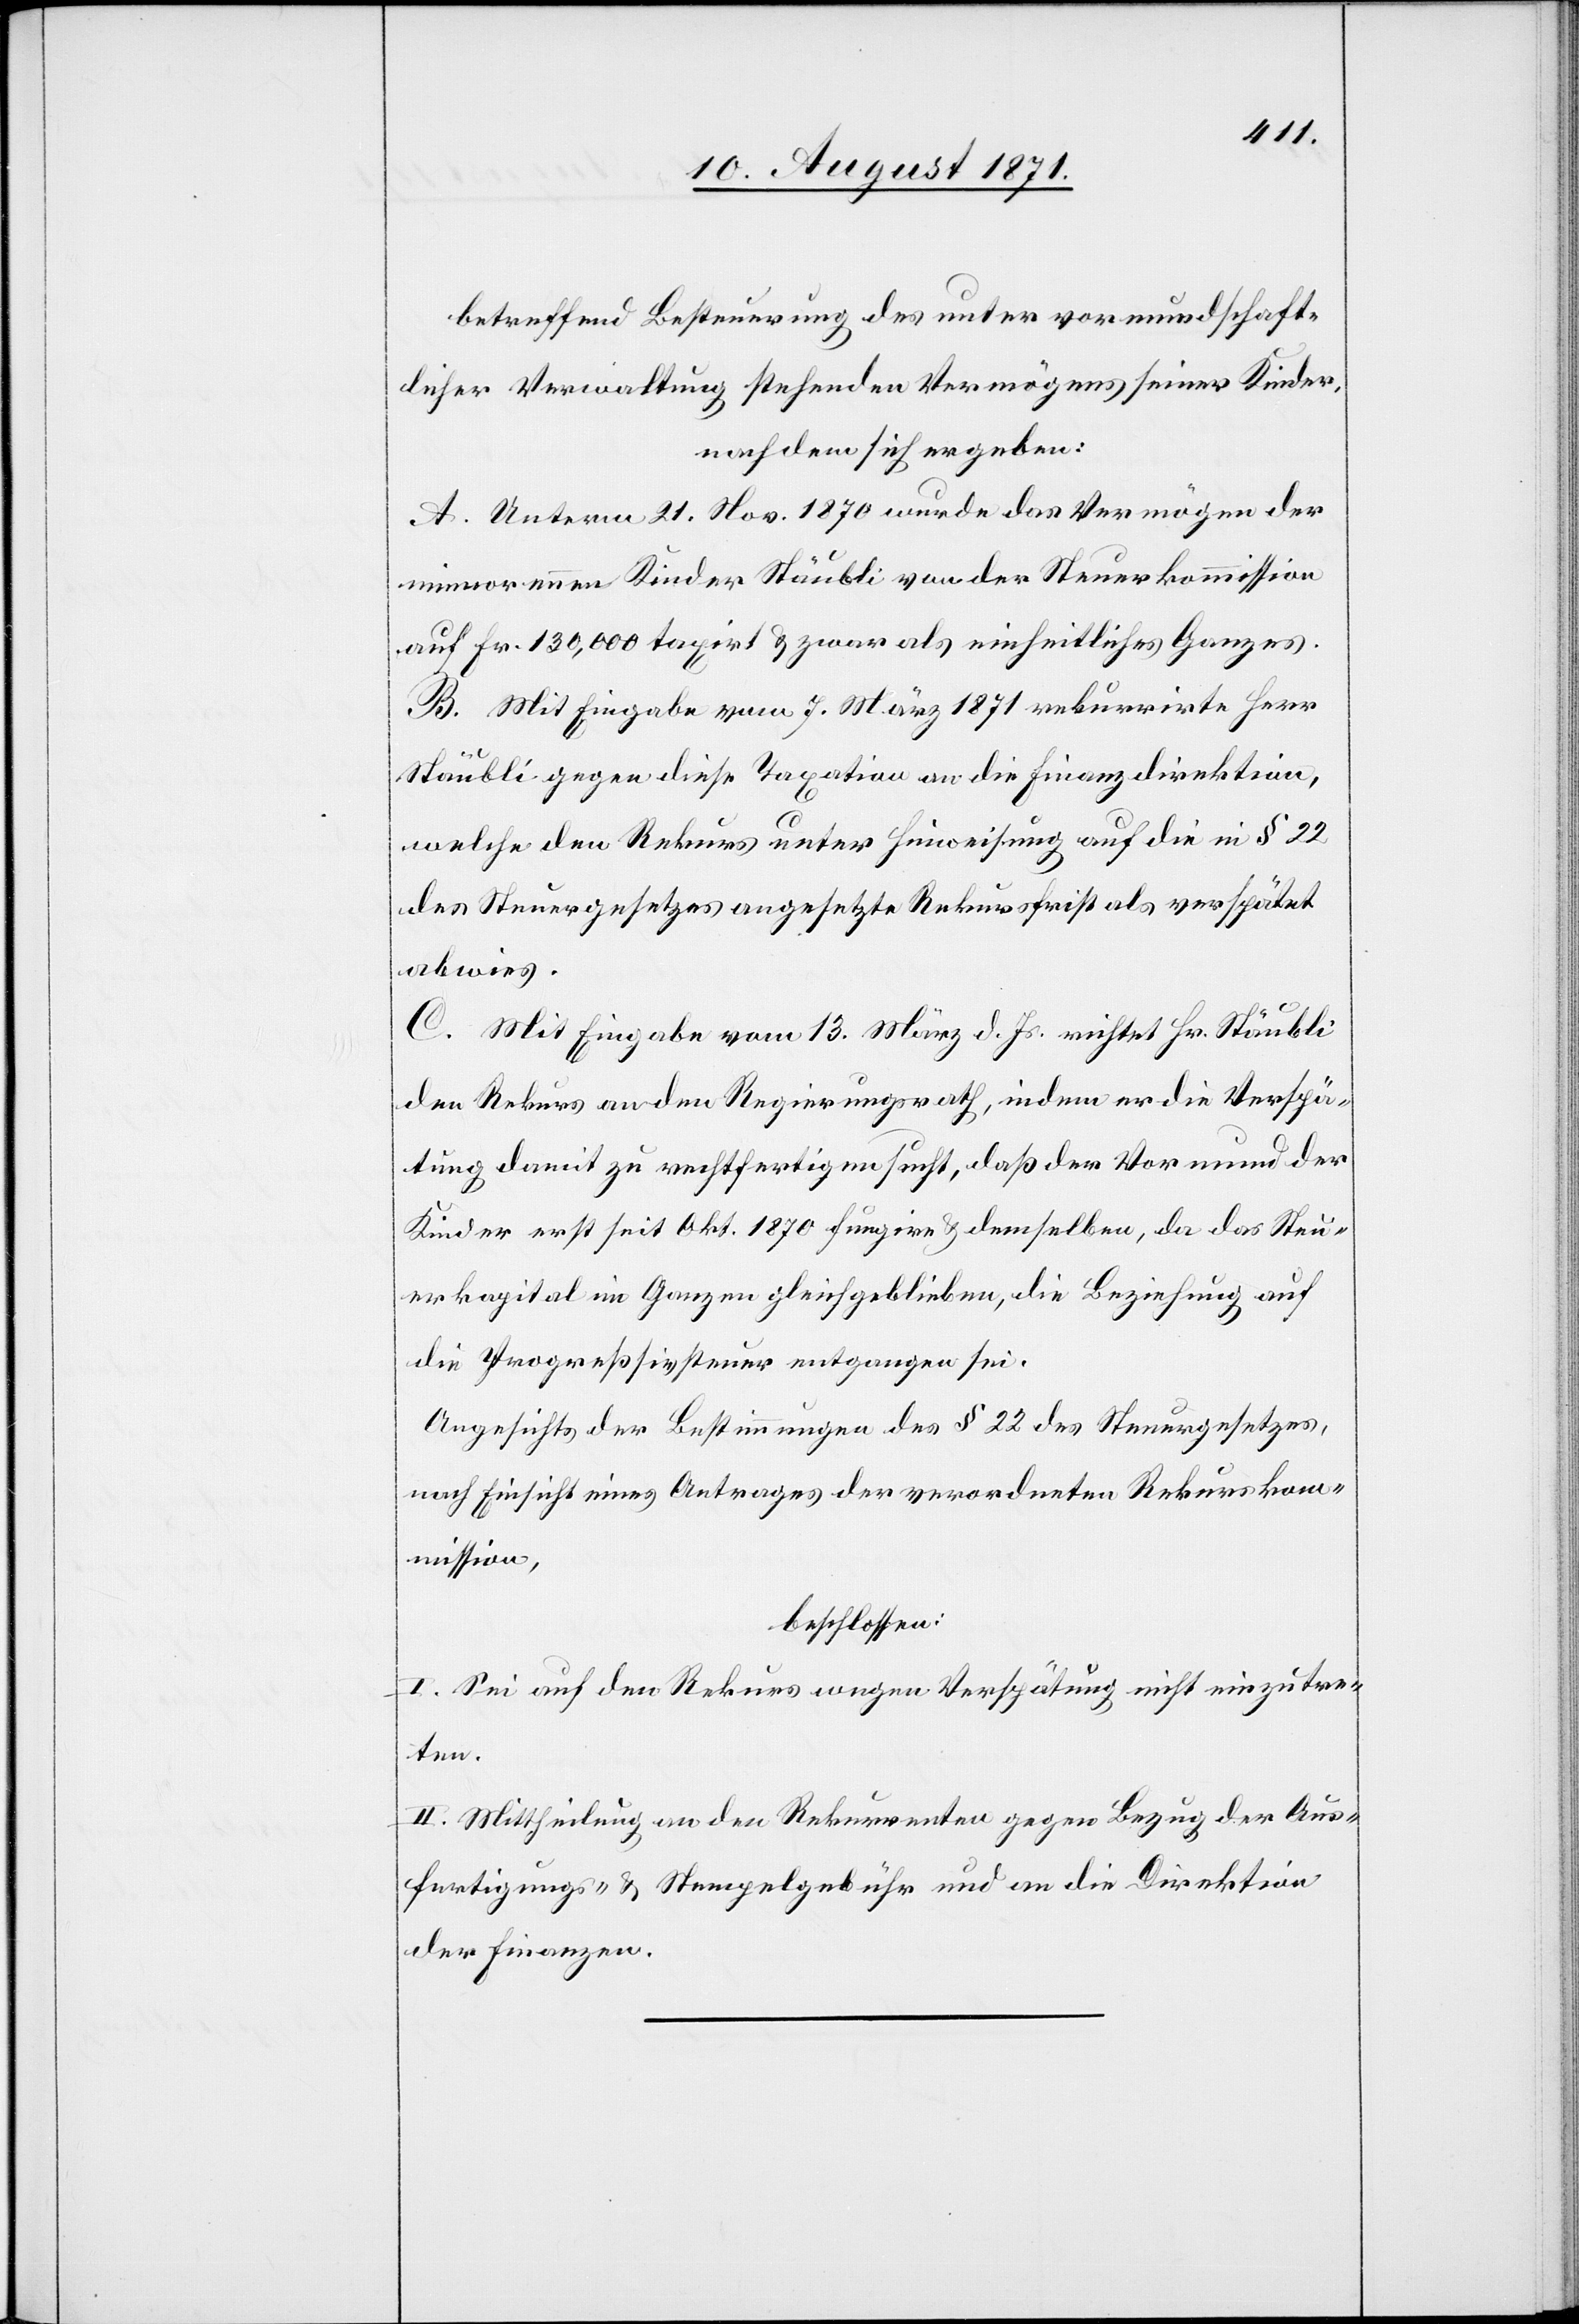
betreffend Besteuerung des unter vormundschaft¬
licher Verwaltung stehenden Vermögens seiner Kinder,
nachdem sich ergeben:
A. Unterm 21. Nov. 1870 wurde das Vermögen der
minorennen Kinder Stäubli von der Steuerkommission
auf Fr. 130,000 taxirt & zwar als einheitliches Ganzes.
B. Mit Eingabe vom 7. März 1871 rekurrirte Herr
Stäubli gegen diese Taxation an die Finanzdirektion,
welche den Rekurs unter Hinweisung auf die in § 22
des Steuergesetzes angesetzte Rekursfrist als verspätet
abwies.
C. Mit Eingabe vom 13. März d. Js. richtet Hr. Stäubli
den Rekurs an den Regierungsrath, indem er die Verspä¬
tung damit zu rechtfertigen sucht, daß der Vormund der
Kinder erst seit Okt. 1870 fungiere & demselben, da das Steu¬
erkapital im Ganzen gleichgeblieben, die Beziehung auf
die Progreßsivsteuer [sic!] entgangen sei.
Angesichts der Bestimmungen des § 22 des Steuergesetzes,
nach Einsicht eines Antrages der verordneten Rekurskom¬
mission,
beschlossen:
I. Sei auf den Rekurs wegen Verspätung nicht einzutre¬
ten.
II. Mittheilung an den Rekurrenten gegen Bezug der Aus¬
fertigungs- & Stempelgebühren und an die Direktion
der Finanzen.